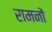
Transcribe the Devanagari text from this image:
रामनों